Civil Veterinary Dept. Bombay admin report 1923-31 - 1923-1931
Year: 1923
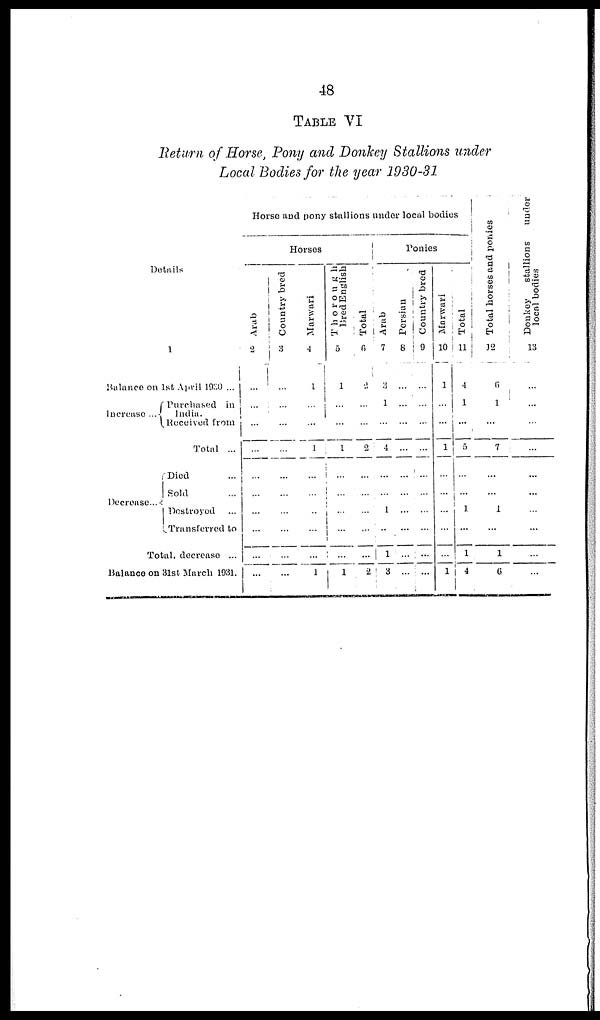
48
TABLE VI
Return of Horse, Pony and Donkey Stallions under
Local Bodies for the year 1930-31
Details
1
Balance on 1st April 1930 ...
Increase
..
Purchased in
India.
Received from
Total ...
Decrease..
Died ...
Sold ....
Destroyed ...
Transferred to
Total, decrease ...
Balance on 31st March 1931.
Horse and pony stallions under local bodies
Horses
Arab
2
...
...
...
...
...
...
...
...
...
...
Country bred
3
...
...
...
...
...
...
... ...
...
...
...
Marwari
4
1
...
...
1
...
...
...
...
...
1
Thorough
Bred English
5
1
...
...
1
...
...
...
...
...
1
Total
6
2
...
...
2
...
...
...
...
...
2
Ponies
Arab
7
3
1
...
4
...
...
1
...
1
3
Persian
8
...
...
...
...
...
...
...
...
...
...
Count r
y br ed
9
...
...
...
...
...
...
...
...
...
...
Marwari
10
1
...
...
1
...
...
...
...
...
1
Total
11
4
1
...
5
...
...
1
...
1
4
Total horses and ponies
12
6
1
...
7
...
...
... 1
...
1
6
Donkey
stallions
under-
local bodies
13
...
...
...
...
...
...
...
...
...
...
...